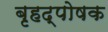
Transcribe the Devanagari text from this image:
बृहद्पोषक